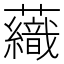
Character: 𧄕